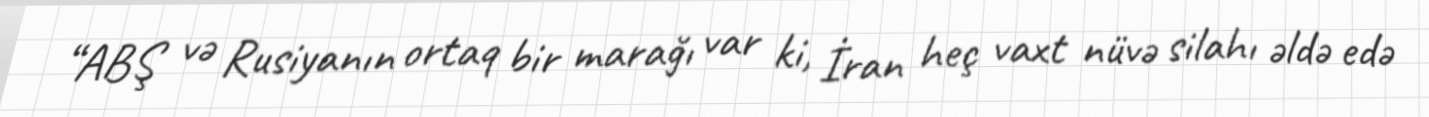
“ABŞ və Rusiyanın ortaq bir marağı var ki, İran heç vaxt nüvə silahı əldə edə